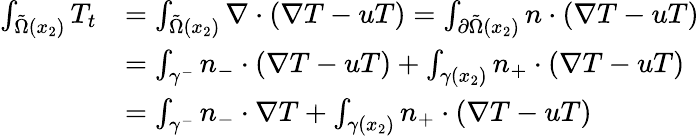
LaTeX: \begin{array}{rl}{\int_{\tilde{\Omega}(x_{2})}T_{t}}&{=\int_{\tilde{\Omega}(x_{2})}\nabla\cdot(\nabla T-uT)=\int_{\partial\tilde{\Omega}(x_{2})}n\cdot(\nabla T-uT)}\\ &{=\int_{\gamma^{-}}n_{-}\cdot(\nabla T-uT)+\int_{\gamma(x_{2})}n_{+}\cdot(\nabla T-uT)}\\ &{=\int_{\gamma^{-}}n_{-}\cdot\nabla T+\int_{\gamma(x_{2})}n_{+}\cdot(\nabla T-uT)}\end{array}